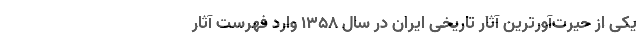
یکی از حیرت‌آورترین آثار تاریخی ایران در سال ۱۳۵۸ وارد فهرست آثار